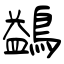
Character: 鷁